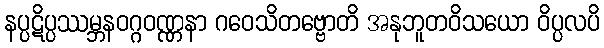
နပ္ပဋိပ္ပဿမ္ဘနဝဂ္ဂဝဏ္ဏနာ ဂဝေသိတဗ္ဗောတိ အနုဘူတဝိသယော ဝိပ္ပလပိ